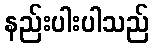
နည်းပါးပါသည်